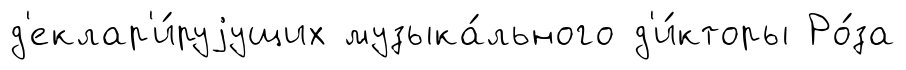
д'еклар'и́руjущих музыка́льного д'и́кторы Ро́за